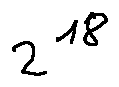
2 ^ { 1 8 }